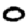
Digit: 0